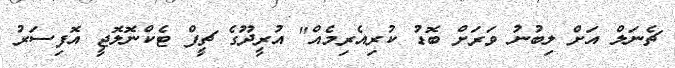
ޗެނަލް އަށް ލިބުނު ވަރަށް ބޮޑު ކުރިއެރިމެއް" އުރީދޫގެ ޗީފް ޓެކްނޮލޮޖީ އޮފިސަރު